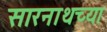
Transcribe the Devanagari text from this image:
सारनाथच्या